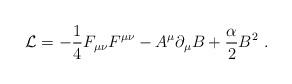
LaTeX: \begin{align*}{\cal L} = - {1 \over 4} F_{\mu\nu} F^{\mu \nu} - A^\mu \partial_\mu B + {\alpha \over 2} {B}^2 \ .\end{align*}